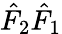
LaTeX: \hat{F}_{2}\hat{F}_{1}